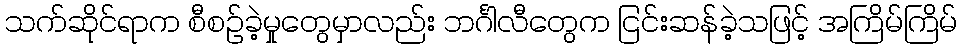
သက်ဆိုင်ရာက စီစဉ်ခဲ့မှုတွေမှာလည်း ဘင်္ဂါလီတွေက ငြင်းဆန်ခဲ့သဖြင့် အကြိမ်ကြိမ်